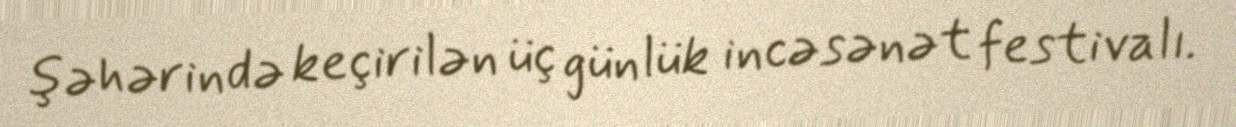
şəhərində keçirilən üç günlük incəsənət festivalı.